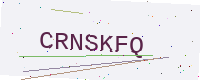
Text: CRNSKFQ